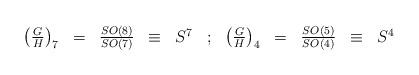
LaTeX: \begin{align*}\begin{array}{rccclcrcccl} \left(\frac{G}{H}\right)_7 & = & \frac{SO(8)}{SO(7)} & \equiv & S^7& ; & \left(\frac{G}{H}\right)_4 & = & \frac{SO(5)}{SO(4)} & \equiv & S^4\end{array}\end{align*}